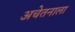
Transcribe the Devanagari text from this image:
अचेतनाला